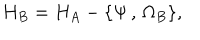
LaTeX: H _ { B } = H _ { A } - \{ \Psi \, , \, \Omega _ { B } \} ,